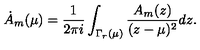
\dot { A } _ { m } ( \mu ) = { \frac { 1 } { 2 \pi i } } \int _ { \Gamma _ { r } ( \mu ) } { \frac { A _ { m } ( z ) } { ( z - \mu ) ^ { 2 } } } d z .